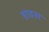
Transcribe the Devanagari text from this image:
हावस